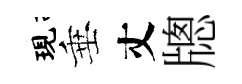
現垂丈牕